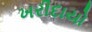
ખરીદાયો